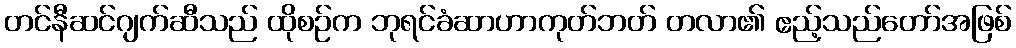
တင်နီဆင်ဂျက်ဆီသည် ထိုစဉ်က ဘုရင်ခံဆာဟာကုတ်ဘတ် တလာ၏ ဧည့်သည်တော်အဖြစ်